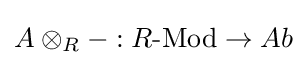
A\otimes _{R}-:R{\text{-Mod}}\to Ab